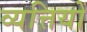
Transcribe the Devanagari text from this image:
व्यत्तियों